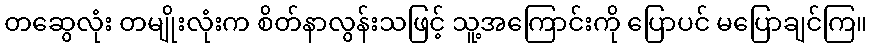
တဆွေလုံး တမျိုးလုံးက စိတ်နာလွန်းသဖြင့် သူ့အကြောင်းကို ပြောပင် မပြောချင်ကြ။